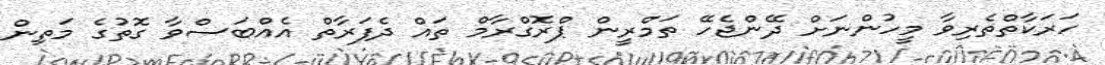
ހަރަކާތްތެރިވާ މީހުންނަށް ދޭންޖެހޭ ތަމްރީން ޕްރޮގްރާމް ތައް ދެފަރާތް އެއްބަސްވާ ގޮތުގެ މަތިން